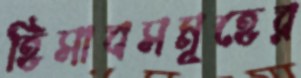
হিসাবসমূহের